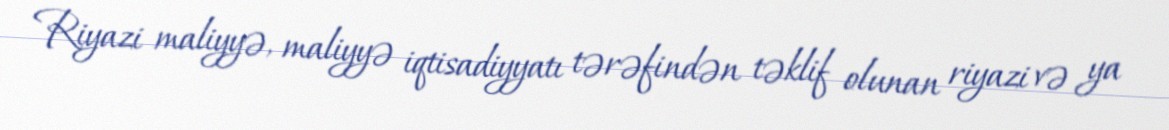
Riyazi maliyyə, maliyyə iqtisadiyyatı tərəfindən təklif olunan riyazi və ya